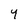
Character: 4